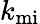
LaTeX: k_{\mathrm{mi}}